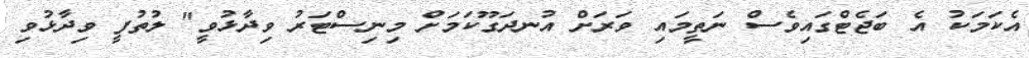
އެކަމަކު އެ ބަޖެޓްގައިވެސް ނަތީމައި ވަރަށް އުނދަގޫކަމަށް މިނިސްޓަރު ވިދާޅުވީ" ލުތުފީ ވިދާޅުވި